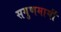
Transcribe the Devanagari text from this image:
सगुणमार्गी